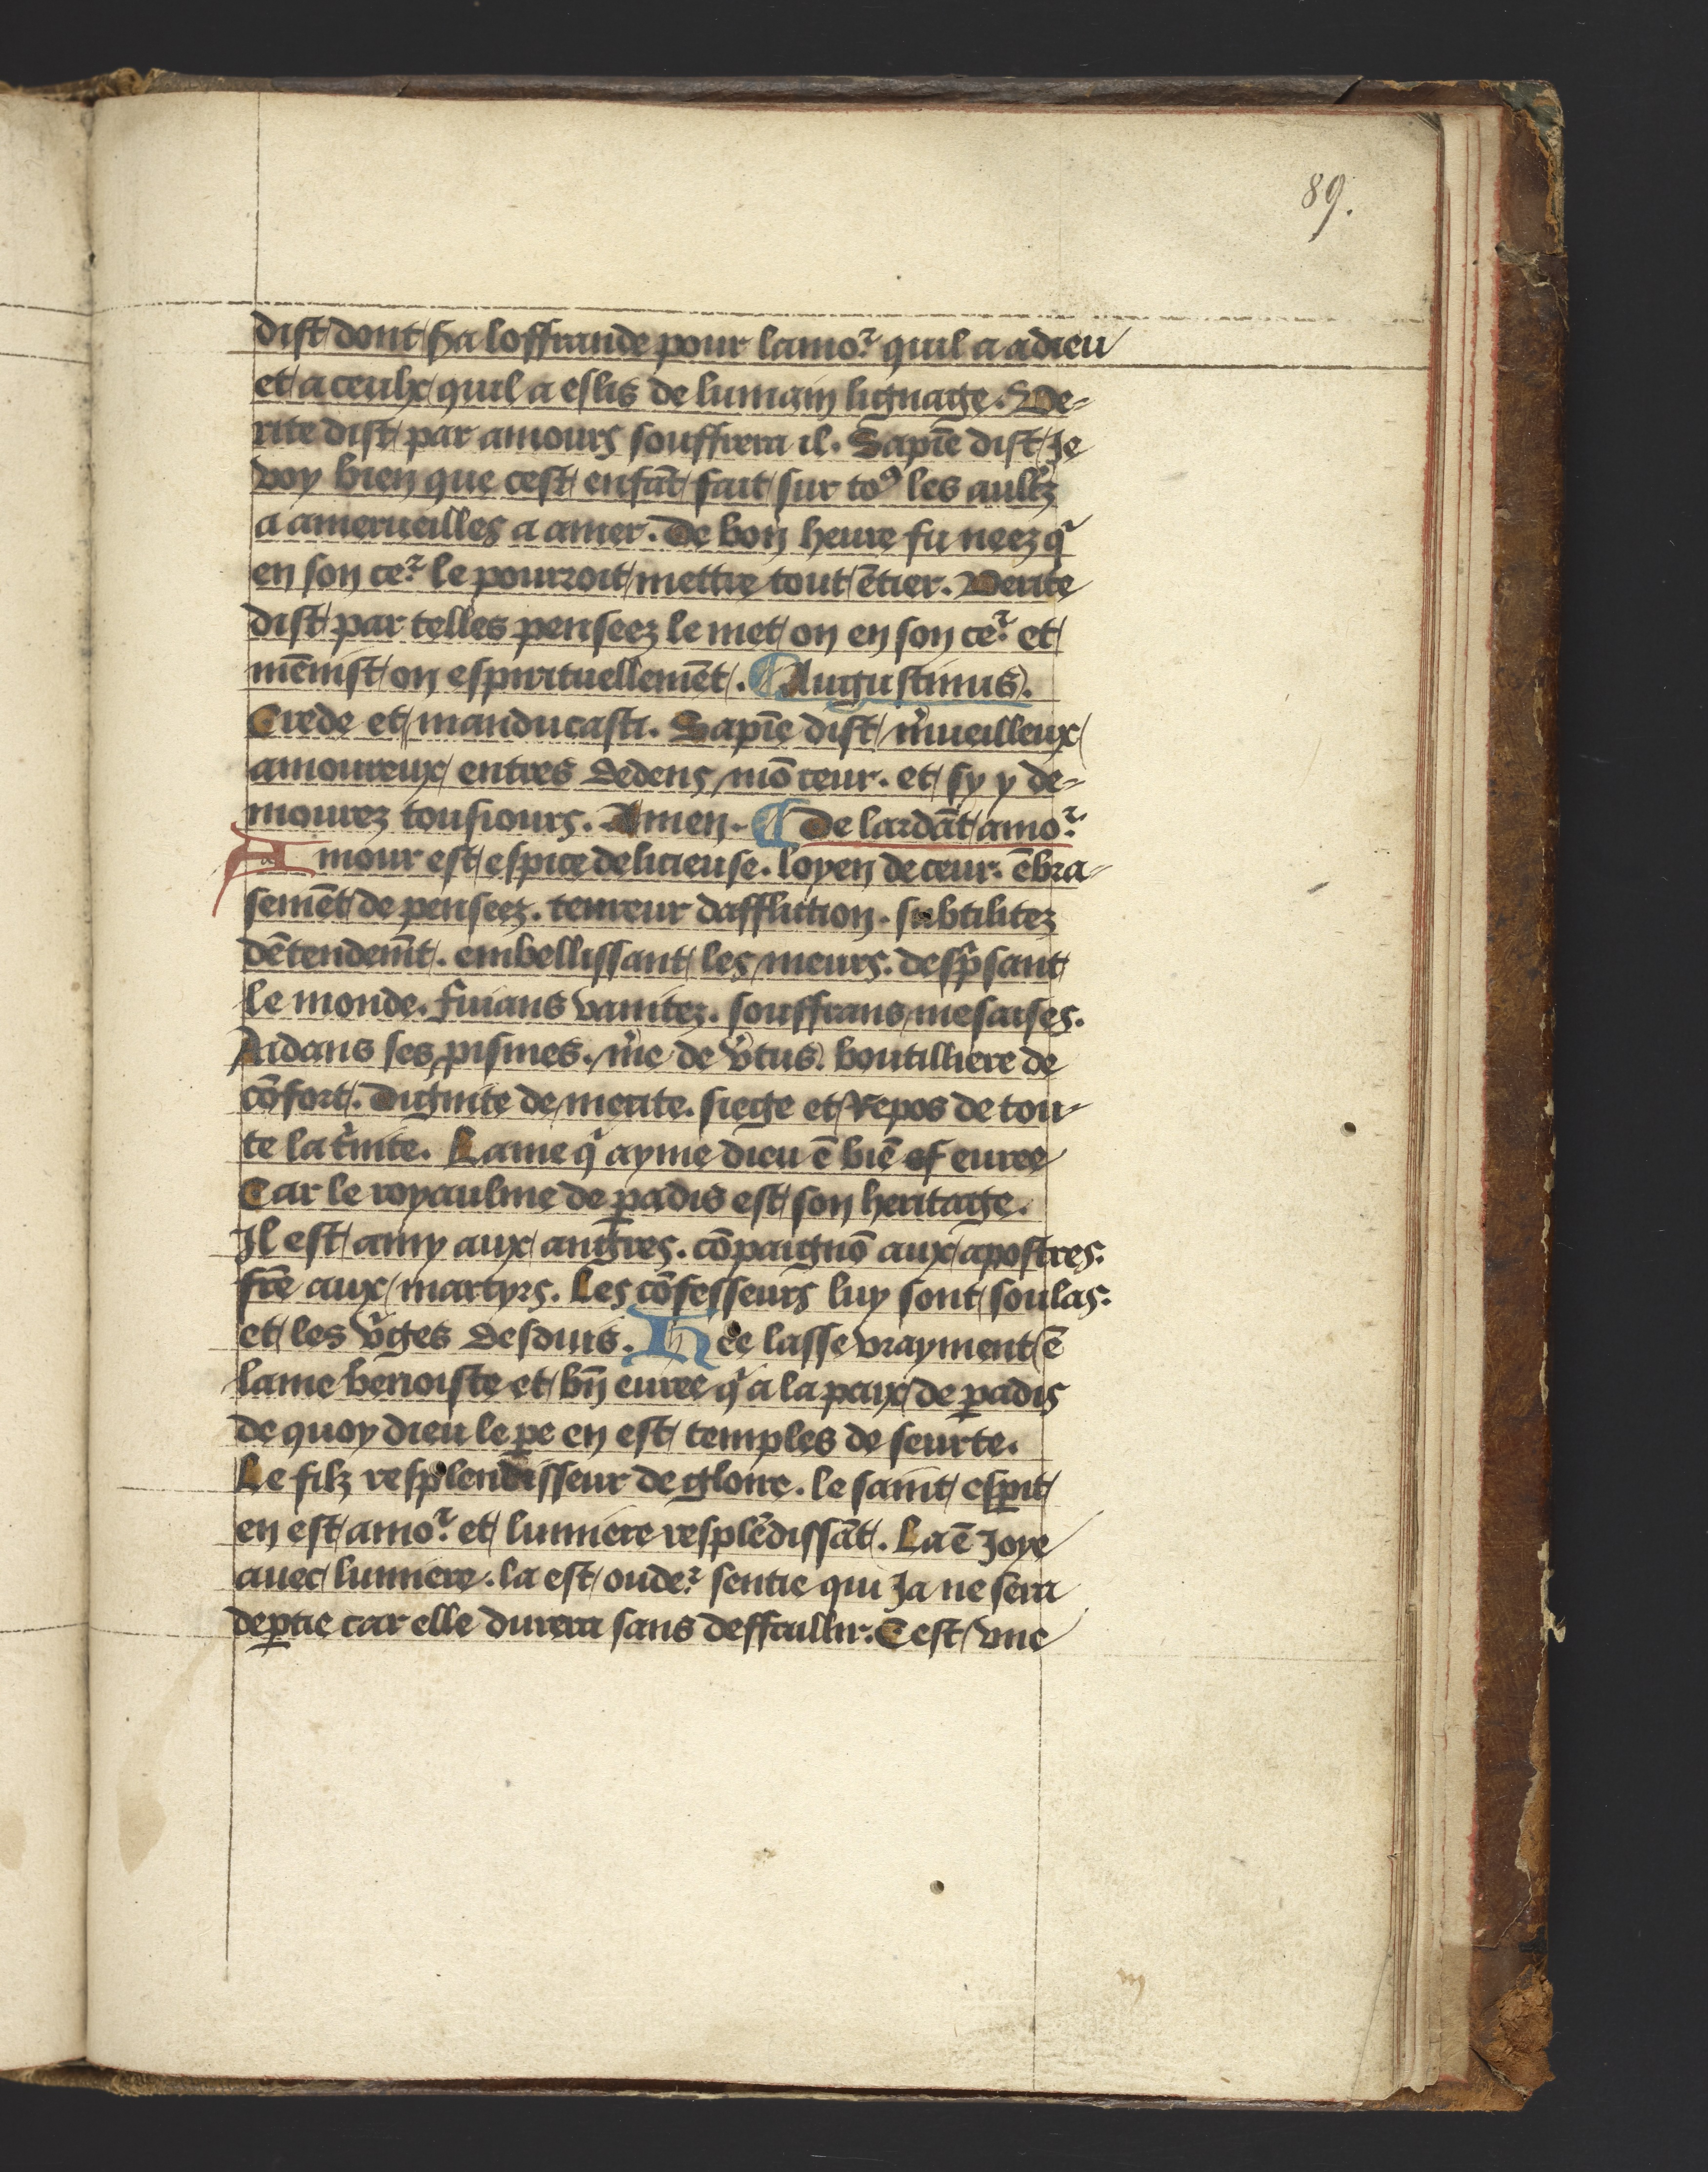
Shelfmark: Philadelphia, University of Pennsylvania, Ms. Codex 660
Century: 14